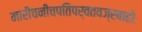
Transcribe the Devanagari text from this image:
मारीचनीचपतिपर्वतवज्रबाहोः